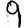
Digit: 9